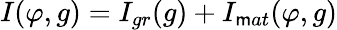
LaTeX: I(\varphi,g)=I_{gr}(g)+I_{\mathsf{m}at}(\varphi,g)